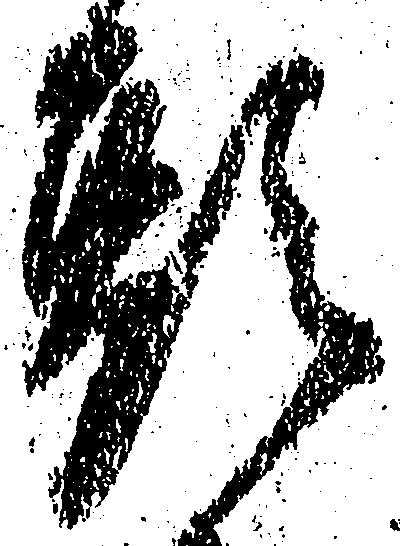
頭